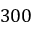
3 0 0